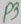
Text: P3